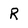
Character: R